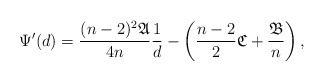
\begin{align*}\Psi'(d)=\frac{(n-2)^2 \mathfrak{A} }{4n} \frac{1}{d}-\left(\frac{n-2}{2}\mathfrak{C}+\frac{\mathfrak{B}}{n}\right),\end{align*}